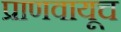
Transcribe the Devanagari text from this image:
प्राणवायूच